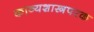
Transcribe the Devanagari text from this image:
काव्यशास्त्रपरक